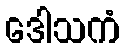
ဒေါသကံ